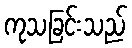
ကုသခြင်းသည်